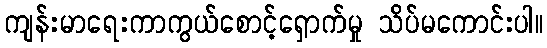
ကျန်းမာရေးကာကွယ်စောင့်ရှောက်မှု သိပ်မကောင်းပါ။